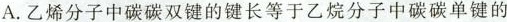
A. 乙烯分子中碳碳双键的键长等于乙烷分子中碳碳单键的